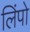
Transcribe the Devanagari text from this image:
लिंपो